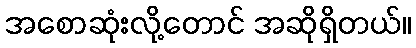
အစောဆုံးလို့တောင် အဆိုရှိတယ်။